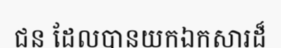
ជន ដែលបានយកឯកសារដ៏